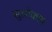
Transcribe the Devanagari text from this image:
सुश्लोकाय